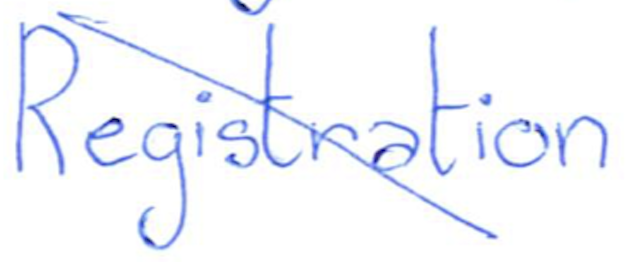
Text: Registration
Cross-out: diagonal
Writing tool: ballpoint